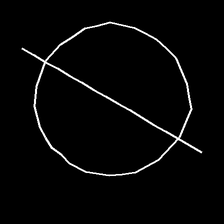
Glyph: orb